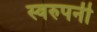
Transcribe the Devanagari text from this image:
स्वरुपनी